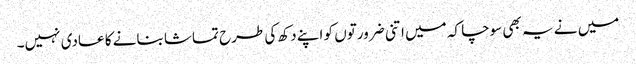
میں نے یہ بھی سوچا کہ میں اتنی ضرورتوں کو اپنے دکھ کی طرح تماشا بنانے کا عادی نہیں۔